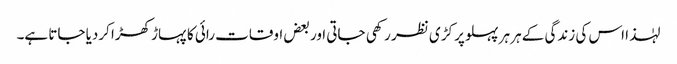
لہٰذا اس کی زندگی کے ہر ہر پہلو پر کڑی نظر رکھی جاتی اور بعض اوقات رائی کا پہاڑ کھڑا کردیا جاتا ہے۔